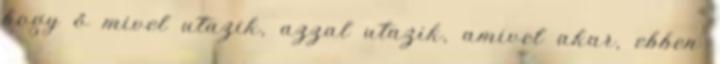
hogy ő mivel utazik, azzal utazik, amivel akar, ebben